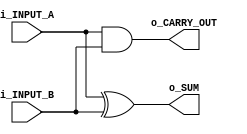
module HALF_ADDER (
	input i_INPUT_A,
	input i_INPUT_B,
	output o_CARRY_OUT,
	output o_SUM
);


assign o_SUM = i_INPUT_A ^ i_INPUT_B;
assign o_CARRY_OUT = i_INPUT_A & i_INPUT_B;

endmodule